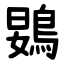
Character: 䳛